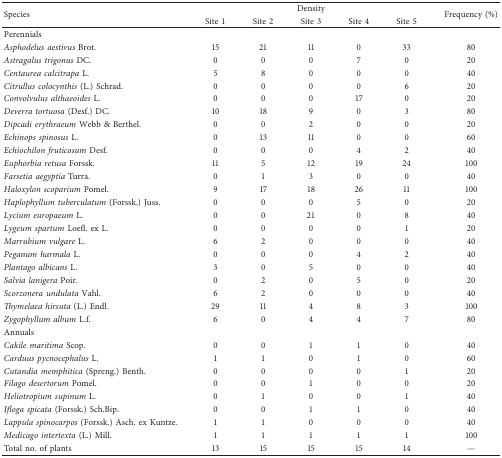
<table><thead><tr><td rowspan="2"><b>Species</b></td><td colspan="5"><b>Density</b></td><td rowspan="2"><b>Frequency (%)</b></td></tr><tr><td><b>Site 1</b></td><td><b>Site 2</b></td><td><b>Site 3</b></td><td><b>Site 4</b></td><td><b>Site 5</b></td></tr></thead><tbody><tr><td colspan="7">Perennials</td></tr><tr><td><i>Asphodelus aestivus</i> Brot.</td><td>15</td><td>21</td><td>11</td><td>0</td><td>33</td><td>80</td></tr><tr><td><i>Astragalus trigonus</i> DC.</td><td>0</td><td>0</td><td>0</td><td>7</td><td>0</td><td>20</td></tr><tr><td><i>Centaurea calcitrapa</i> L.</td><td>5</td><td>8</td><td>0</td><td>0</td><td>0</td><td>40</td></tr><tr><td><i>Citrullus colocynthis</i> (L.) Schrad.</td><td>0</td><td>0</td><td>0</td><td>0</td><td>6</td><td>20</td></tr><tr><td><i>Convolvulus althaeoides</i> L.</td><td>0</td><td>0</td><td>0</td><td>17</td><td>0</td><td>20</td></tr><tr><td><i>Deverra tortuosa</i> (Desf.) DC.</td><td>10</td><td>18</td><td>9</td><td>0</td><td>3</td><td>80</td></tr><tr><td><i>Dipcadi erythraeum</i> Webb &amp; Berthel.</td><td>0</td><td>0</td><td>2</td><td>0</td><td>0</td><td>20</td></tr><tr><td><i>Echinops spinosus</i> L.</td><td>0</td><td>13</td><td>11</td><td>0</td><td>0</td><td>60</td></tr><tr><td><i>Echiochilon fruticosum</i> Desf.</td><td>0</td><td>0</td><td>0</td><td>4</td><td>2</td><td>40</td></tr><tr><td><i>Euphorbia retusa</i> Forssk.</td><td>11</td><td>5</td><td>12</td><td>19</td><td>24</td><td>100</td></tr><tr><td><i>Farsetia aegyptia</i> Turra.</td><td>0</td><td>1</td><td>3</td><td>0</td><td>0</td><td>40</td></tr><tr><td><i>Haloxylon scoparium</i> Pomel.</td><td>9</td><td>17</td><td>18</td><td>26</td><td>11</td><td>100</td></tr><tr><td><i>Haplophyllum tuberculatum</i> (Forssk.) Juss.</td><td>0</td><td>0</td><td>0</td><td>5</td><td>0</td><td>20</td></tr><tr><td><i>Lycium europaeum</i> L.</td><td>0</td><td>0</td><td>21</td><td>0</td><td>8</td><td>40</td></tr><tr><td><i>Lygeum spartum</i> Loefl. ex L.</td><td>0</td><td>0</td><td>0</td><td>0</td><td>1</td><td>20</td></tr><tr><td><i>Marrubium vulgare</i> L.</td><td>6</td><td>2</td><td>0</td><td>0</td><td>0</td><td>40</td></tr><tr><td><i>Peganum harmala</i> L.</td><td>0</td><td>0</td><td>0</td><td>4</td><td>2</td><td>40</td></tr><tr><td><i>Plantago albicans</i> L.</td><td>3</td><td>0</td><td>5</td><td>0</td><td>0</td><td>40</td></tr><tr><td><i>Salvia lanigera</i> Poir.</td><td>0</td><td>2</td><td>0</td><td>5</td><td>0</td><td>20</td></tr><tr><td><i>Scorzonera undulata</i> Vahl.</td><td>6</td><td>2</td><td>0</td><td>0</td><td>0</td><td>40</td></tr><tr><td><i>Thymelaea hirsuta</i> (L.) Endl.</td><td>29</td><td>11</td><td>4</td><td>8</td><td>3</td><td>100</td></tr><tr><td><i>Zygophyllum album</i> L.f.</td><td>6</td><td>0</td><td>4</td><td>4</td><td>7</td><td>80</td></tr><tr><td colspan="7">Annuals</td></tr><tr><td><i>Cakile maritima</i> Scop.</td><td>0</td><td>0</td><td>1</td><td>1</td><td>0</td><td>40</td></tr><tr><td><i>Carduus pycnocephalus</i> L.</td><td>1</td><td>1</td><td>0</td><td>1</td><td>0</td><td>60</td></tr><tr><td><i>Cutandia memphitica</i> (Spreng.) Benth.</td><td>0</td><td>0</td><td>0</td><td>0</td><td>1</td><td>20</td></tr><tr><td><i>Filago desertorum</i> Pomel.</td><td>0</td><td>0</td><td>1</td><td>0</td><td>0</td><td>20</td></tr><tr><td><i>Heliotropium supinum</i> L.</td><td>0</td><td>1</td><td>0</td><td>0</td><td>1</td><td>40</td></tr><tr><td><i>Ifloga spicata</i> (Forssk.) Sch.Bip.</td><td>0</td><td>0</td><td>1</td><td>1</td><td>0</td><td>40</td></tr><tr><td><i>Lappula spinocarpos</i> (Forssk.) Asch. ex Kuntze.</td><td>1</td><td>1</td><td>0</td><td>0</td><td>0</td><td>40</td></tr><tr><td><i>Medicago intertexta</i> (L.) Mill.</td><td>1</td><td>1</td><td>1</td><td>1</td><td>1</td><td>100</td></tr><tr><td>Total no. of plants</td><td>13</td><td>15</td><td>15</td><td>15</td><td>14</td><td>—</td></tr></tbody></table>